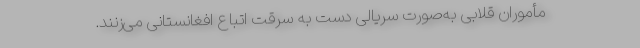
مأموران قلابی به‌صورت سریالی دست به سرقت اتباع افغانستانی می‌زنند.